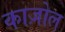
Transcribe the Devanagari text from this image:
काज़ोल